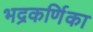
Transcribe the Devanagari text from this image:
भद्रकर्णिका